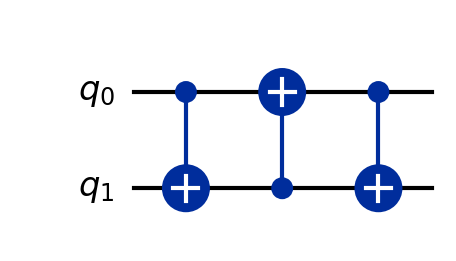
Description: SWAP decomposition into 3 CNOTs
描述: SWAP分解为3个CNOT
Category: intermediate (difficulty: intermediate)
Qubits: 2, circuit depth: 3

Braket implementation:
from braket.circuits import Circuit
circuit = Circuit().cnot(0, 1).cnot(1, 0).cnot(0, 1)